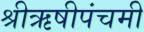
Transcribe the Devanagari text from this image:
श्रीऋषीपंचमी